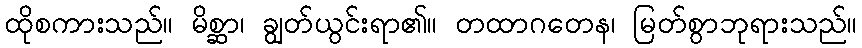
ထိုစကားသည်။ မိစ္ဆာ၊ ချွတ်ယွင်းရာ၏။ တထာဂတေန၊ မြတ်စွာဘုရားသည်။